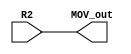
`timescale 1ns / 1ps
//////////////////////////////////////////////////////////////////////////////////
// Company: 
// Engineer: 
// 
// Design Name: 
// Module Name:    MOV_1_bit 
// Project Name: 
// Target Devices: 
// Tool versions: 
// Description: 
//
// Dependencies: 
//
// Revision: 
// Revision 0.01 - File Created
// Additional Comments: 
//
//////////////////////////////////////////////////////////////////////////////////
module MOV_1_bit(MOV_out, R2);

input R2;
output MOV_out;

and AND1 (MOV_out, R2, 1'b1);

endmodule